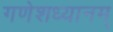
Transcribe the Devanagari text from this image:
गणेशध्यानम्